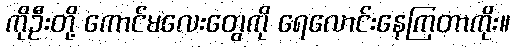
ကိုဦးတို့ ကောင်မလေးတွေကို ရေလောင်းနေကြတာကိုး။